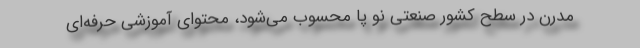
مدرن در سطح کشور صنعتی نو پا محسوب می‌شود، محتوای آموزشی حرفه‌ای